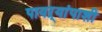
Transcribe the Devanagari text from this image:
पायऱ्यांपाशी